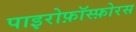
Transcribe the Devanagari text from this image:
पाइरोफ़ॉस्फ़ोरस